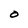
Character: O